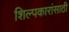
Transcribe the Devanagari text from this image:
शिल्पकारांसाठी